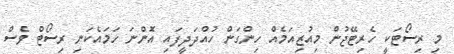
މި ރިސޯޓަކީ ހެރިޓޭޖުން މިއުޒިއަމެއް ހިންގަން ހުއްދަދީފައި އޮންނަ ހަމައެކަނި ރިސޯޓް ވެސް